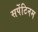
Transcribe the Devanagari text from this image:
सर्पेटिनम